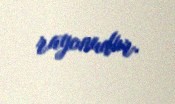
rayonudur.